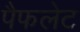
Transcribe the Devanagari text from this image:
पैफलेट